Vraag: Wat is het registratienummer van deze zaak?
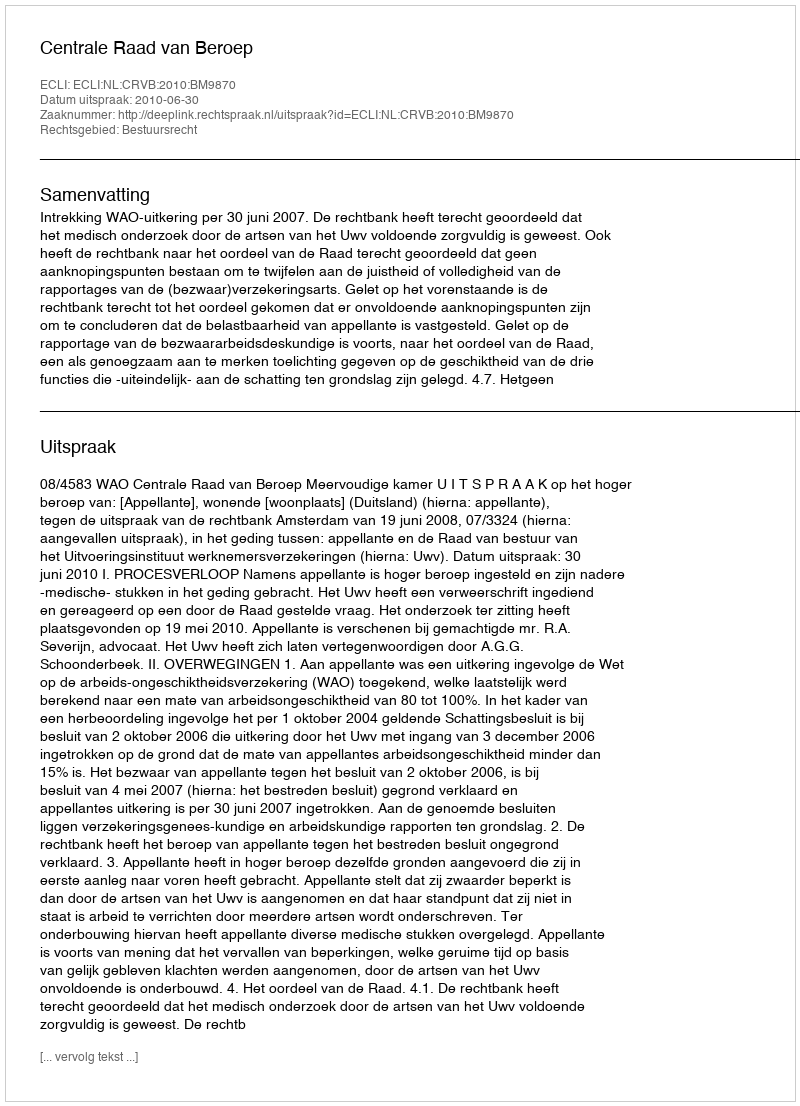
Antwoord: http://deeplink.rechtspraak.nl/uitspraak?id=ECLI:NL:CRVB:2010:BM9870